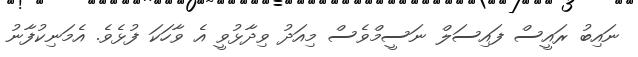
ނައިބު ރައީސް ފައިސަލް ނަސީމްވެސް މިއަދު ވިދާޅުވީ އެ ވާހަކަ ފުޅެވެ. އެމަނިކުފާނު